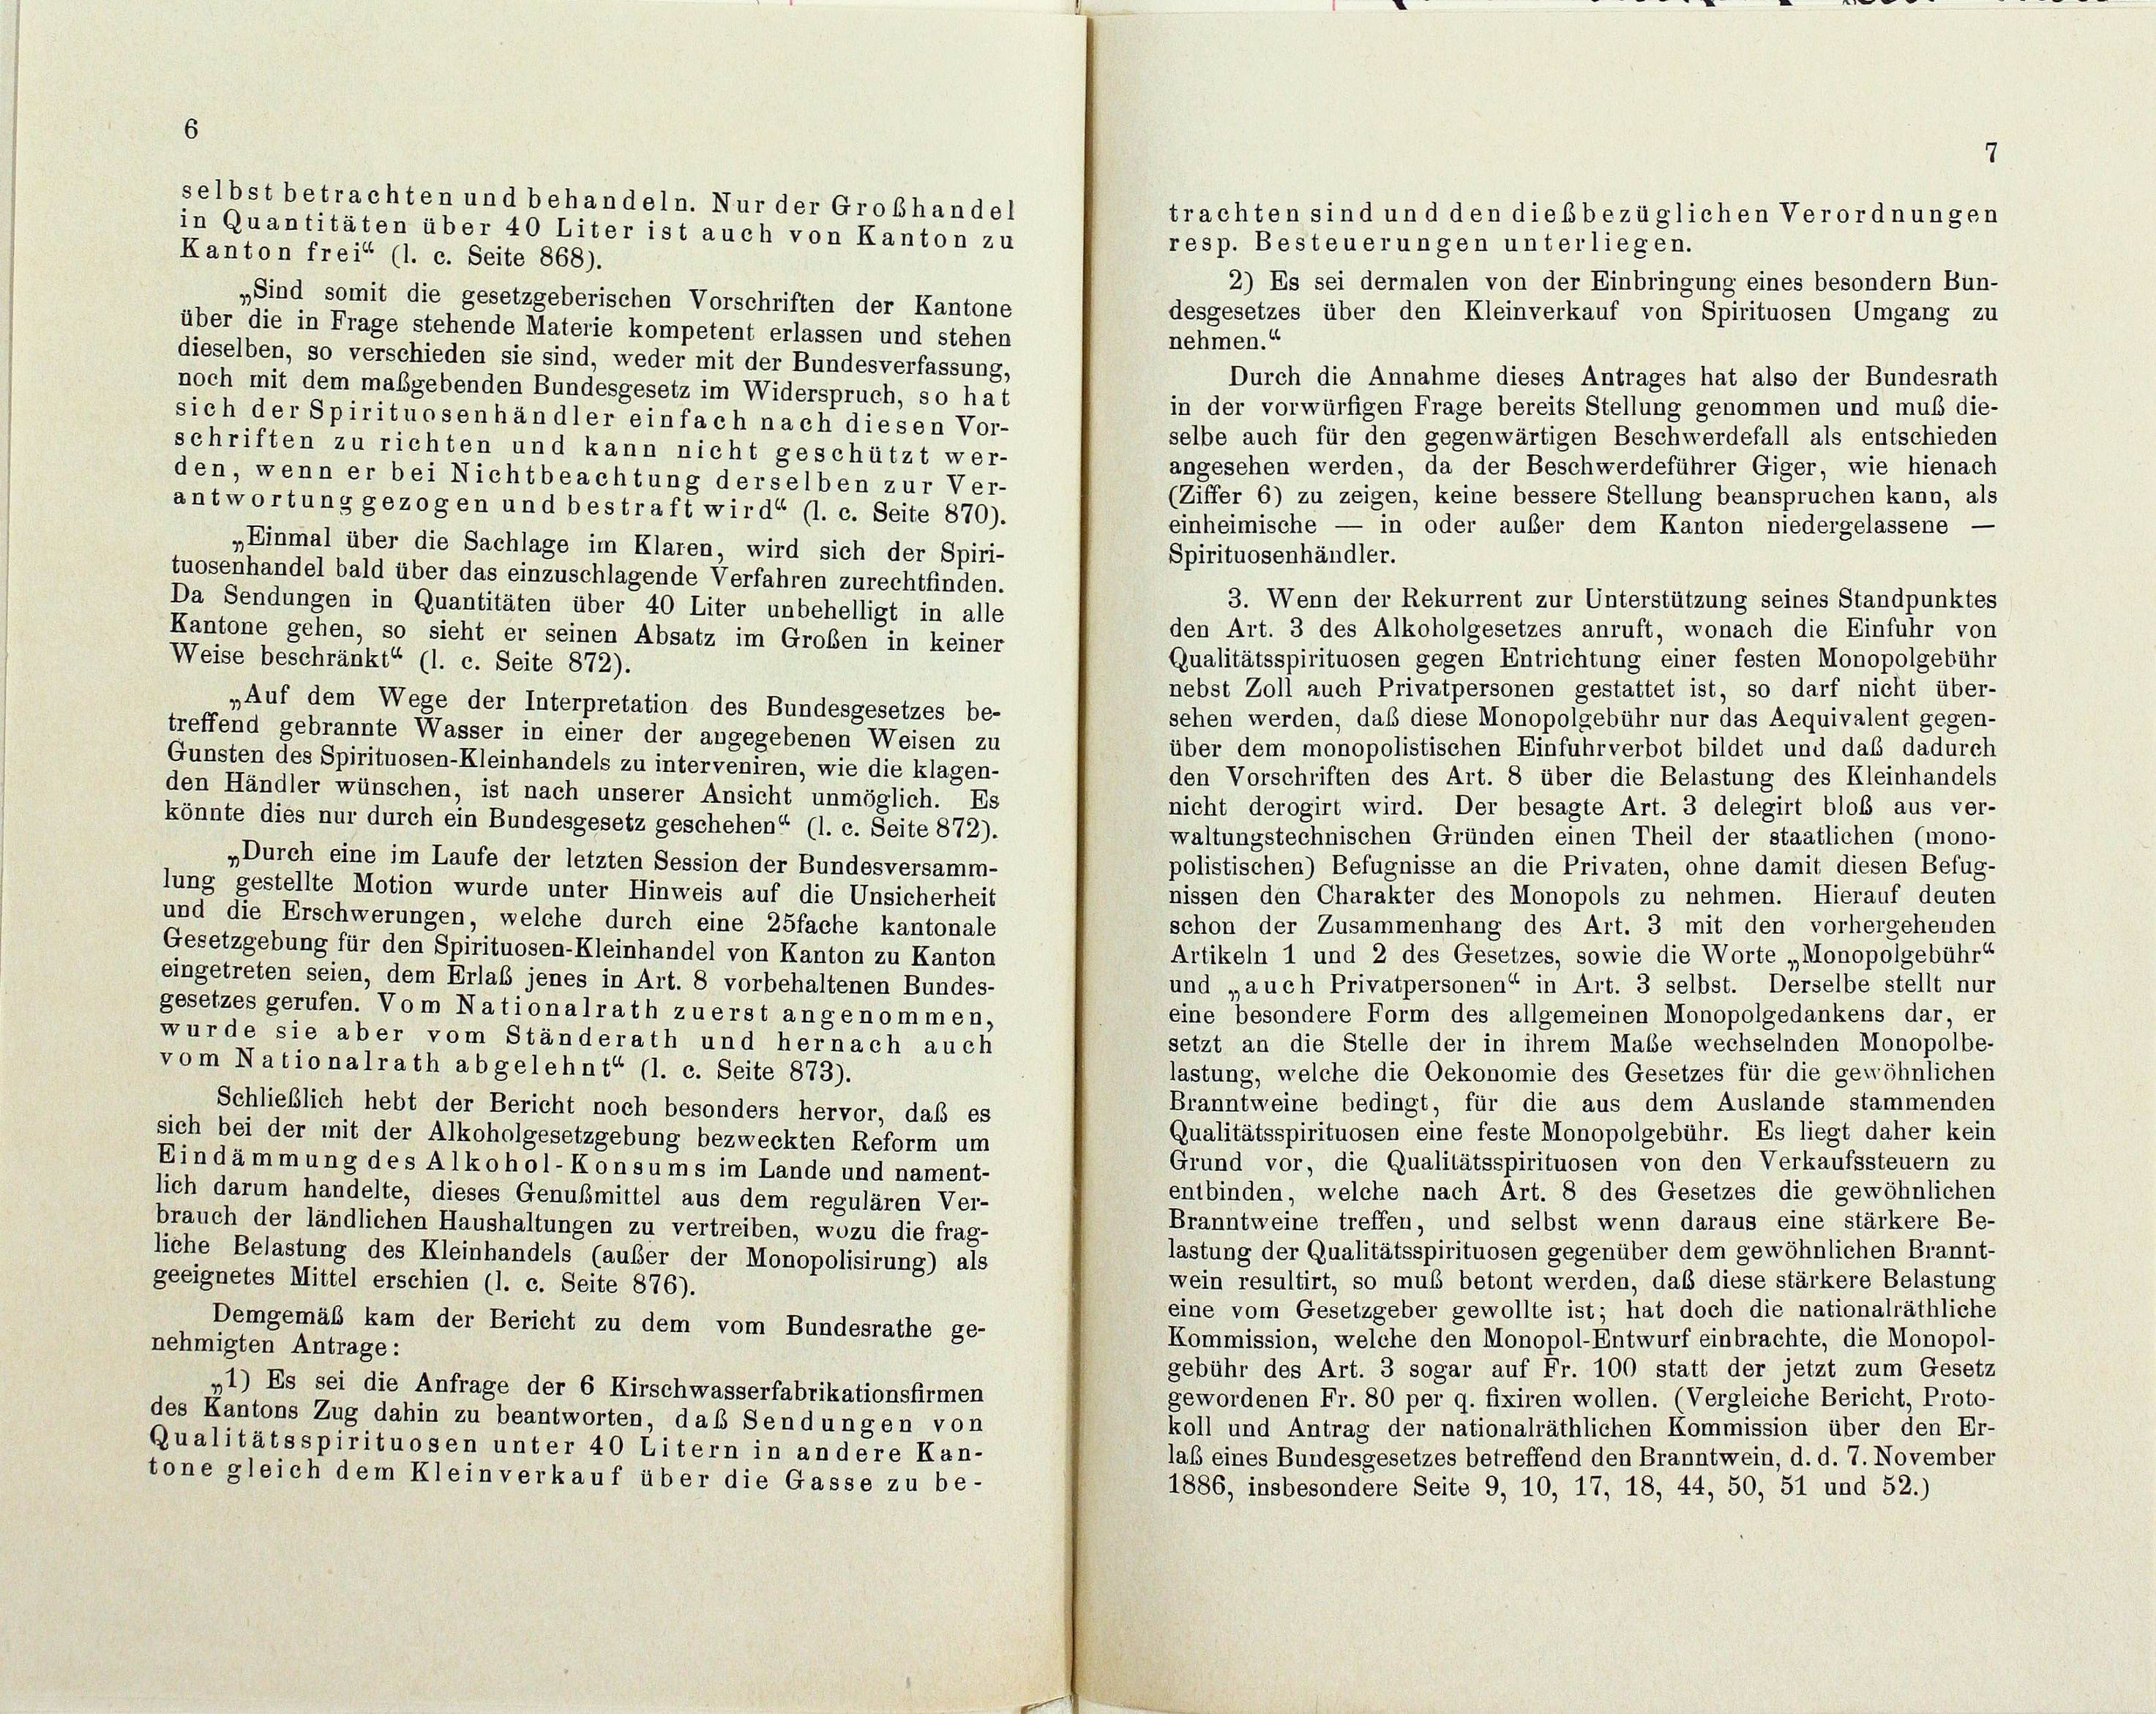
6

selbst betrachten und behandeln. Nur der Grobhandel
in Quantitäten über 40 Liter ist auch von Kanton zu

7

trachten sind und den diesbezüglichen Verordnungen
resp. Besteuerungen unterliegen.
Kanton frei“ (l. c. Seite 868).
2) Es sei dermalen von der Einbringung eines besondern Bun-
„Sind somit die gesetzgeberischen Vorschriften der Kantone
desgesetzes über den Kleinverkauf von Spirituosen Umgang zu
über die in Frage stehende Materie kompetent erlassen und stehen
nehmen.“
dieselben, so verschieden sie sind, weder mit der Bundesverfassung,
Durch die Annahme dieses Antrages hat also der Bundesrath
noch mit dem maßgebenden Bundesgesetz im Widerspruch, so hat
in der vorwürfigen Frage bereits Stellung genommen und muß die-
sich der Spirituosenhändler einfach nach diesen Vor-
selbe auch für den gegenwärtigen Beschwerdefall als entschieden
schriften zu richten und kann nicht geschützt wer-
angesehen werden, da der Beschwerdeführer Giger, wie hienach
den, wenn er bei Nichtbeachtung derselben zur Ver-
(Ziffer 6) zu zeigen, keine bessere Stellung beanspruchen kann, als
antwortung gezogen und bestraft wird“ (l. c. Seite 870).
einheimische — in oder außer dem Kanton niedergelassene
„Einmal über die Sachlage im Klaren, wird sich der Spiri-
Spirituosenhändler.
tuosenhandel bald über das einzuschlagende Verfahren zurechtfinden.
3. Wenn der Rekurrent zur Unterstützung seines Standpunktes
Da Sendungen in Quantitäten über 40 Liter unbehelligt in alle
den Art. 3 des Alkoholgesetzes anruft, wonach die Einfuhr von
Kantone gehen, so sieht er seinen Absatz im Großen in keiner
Qualitätsspirituosen gegen Entrichtung einer festen Monopolgebühr
Weise beschränkt“ (l. c. Seite 872).
nebst Zoll auch Privatpersonen gestattet ist, so darf nicht über-
„Auf dem Wege der Interpretation des Bundesgesetzes be-
sehen werden, daß diese Monopolgebühr nur das Aequivalent gegen-
treffend gebrannte Wasser in einer der angegebenen Weisen zu
über dem monopolistischen Einfuhrverbot bildet und daß dadurch
Gunsten des Spirituosen-Kleinhandels zu interveniren, wie die klagen-
den Vorschriften des Art. 8 über die Belastung des Kleinhandels
den Händler wünschen, ist nach unserer Ansicht unmöglich. Es
nicht derogirt wird. Der besagte Art. 3 delegirt bloß aus ver-
könnte dies nur durch ein Bundesgesetz geschehen“ (l. c. Seite 872).
waltungstechnischen Gründen einen Theil der staatlichen (mono-
„Durch eine im Laufe der letzten Session der Bundesversamm-
polistischen) Befugnisse an die Privaten, ohne damit diesen Befug-
lung gestellte Motion wurde unter Hinweis auf die Unsicherheit
nissen den Charakter des Monopols zu nehmen. Hierauf deuten
und die Erschwerungen, welche durch eine 25fache kantonale
schon der Zusammenhang des Art. 3 mit den vorhergehenden
Gesetzgebung für den Spirituosen-Kleinhandel von Kanton zu Kanton
Artikeln 1 und 2 des Gesetzes, sowie die Worte „Monopolgebühr“
eingetreten seien, dem Erlaß jenes in Art. 8 vorbehaltenen Bundes-
und „auch Privatpersonen“ in Art. 3 selbst. Derselbe stellt nur
gesetzes gerufen. Vom Nationalrath zuerst angenommen,
eine besondere Form des allgemeinen Monopolgedankens dar, er
wurde sie aber vom Ständerath und hernach auch
setzt an die Stelle der in ihrem Maße wechselnden Monopolbe-
vom Nationalrath abgelehnt (l. c. Seite 873).
lastung, welche die Oekonomie des Gesetzes für die gewöhnlichen
Branntweine bedingt, für die aus dem Auslande stammenden
Schließlich hebt der Bericht noch besonders hervor, daß es
Qualitätsspirituosen eine feste Monopolgebühr. Es liegt daher kein
sich bei der mit der Alkoholgesetzgebung bezweckten Reform um
Grund vor, die Qualitätsspirituosen von den Verkaufssteuern zu
Eindämmung des Alkohol-Konsums im Lande und nament-
entbinden, welche nach Art. 8 des Gesetzes die gewöhnlichen
lich darum handelte, dieses Genußmittel aus dem regulären Ver-
Branntweine treffen, und selbst wenn daraus eine stärkere Be-
brauch der ländlichen Haushaltungen zu vertreiben, wozu die frag-
lastung der Qualitätsspirituosen gegenüber dem gewöhnlichen Brannt-
liche Belastung des Kleinhandels (auber der Monopolisirung) als
wein resultirt, so muß betont werden, daß diese stärkere Belastung
geeignetes Mittel erschien (l. c. Seite 876).
eine vom Gesetzgeber gewollte ist; hat doch die nationalräthliche
Demgemäß kam der Bericht zu dem vom Bundesrathe ge-
Kommission, welche den Monopol-Entwurf einbrachte, die Monopol-
nehmigten Antrage:
gebühr des Art. 3 sogar auf Fr. 100 statt der jetzt zum Gesetz
„1) Es sei die Anfrage der 6 Kirschwasserfabrikationsfirmen
gewordenen Fr. 80 per q. fixiren wollen. (Vergleiche Bericht, Proto-
des Kantons Zug dahin zu beantworten, das Sendungen von
koll und Antrag der nationalräthlichen Kommission über den Er-
Qualitätsspirituosen unter 40 Litern in andere Kan-
laß eines Bundesgesetzes betreffend den Branntwein, d. d. 7. November
tone gleich dem Kleinverkauf über die Gasse zu be-
1886, insbesondere Seite 9, 10, 17, 18, 44, 50, 51 und 52.)